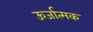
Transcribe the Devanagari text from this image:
ऊर्जात्मक